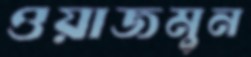
ওয়াজমুন